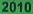
2010